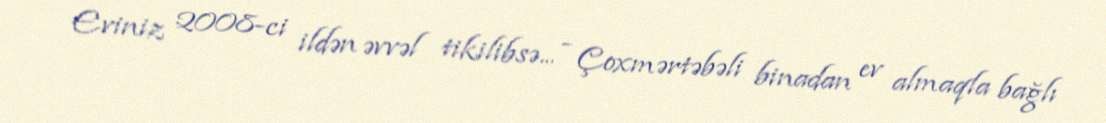
Eviniz 2008-ci ildən əvvəl tikilibsə... - Çoxmərtəbəli binadan ev almaqla bağlı